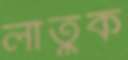
লাতুক